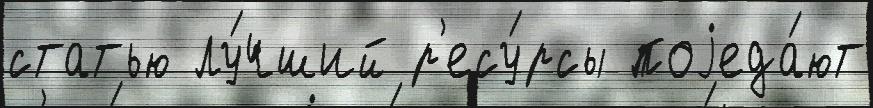
статью лу́чший р'есу́рсы поjеда́ют